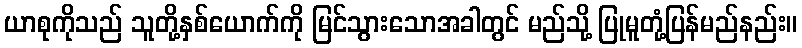
ယာစုကိုသည် သူတို့နှစ်ယောက်ကို မြင်သွားသောအခါတွင် မည်သို့ ပြုမူတုံ့ပြန်မည်နည်း။